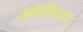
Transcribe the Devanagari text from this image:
अर्नस्विलर